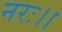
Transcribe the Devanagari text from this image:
नरः।।